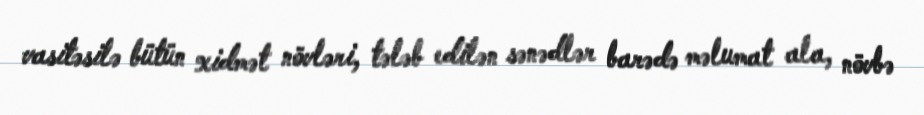
vasitəsilə bütün xidmət növləri, tələb edilən sənədlər barədə məlumat ala, növbə